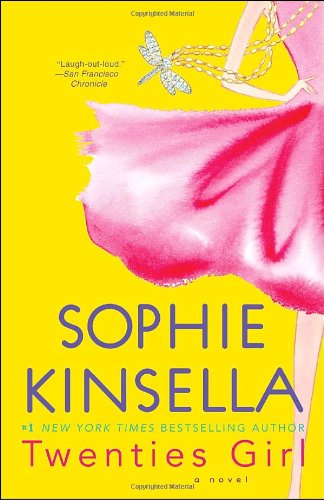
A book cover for Twenties Girl: A Novel; Sophie Kinsella; Literature & Fiction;